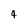
Character: 4